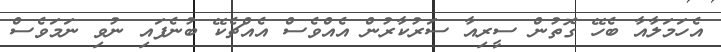
އެހަމަލާއާ ބެހޭ ގޮތުން ސީރިއާ ސަރުކާރުން އެއްވެސް އެއްޗެކޭ ބުނެފައި ނުވި ނަމަވެސް